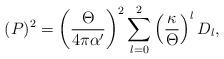
LaTeX: \begin{align*}(P)^2=\left({\Theta\over{4\pi\alpha^\prime}}\right)^2 \sum_{l=0}^2\left(\kappa\over\Theta\right)^l D_l,\end{align*}